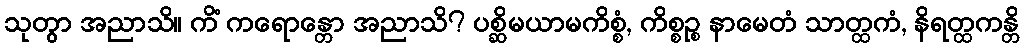
သုတွာ အညာသိ။ ကိံ ကရောန္တော အညာသိ? ပစ္ဆိမယာမကိစ္စံ, ကိစ္စဉ္စ နာမေတံ သာတ္ထကံ, နိရတ္ထကန္တိ